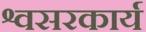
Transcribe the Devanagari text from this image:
श्वसरकार्य